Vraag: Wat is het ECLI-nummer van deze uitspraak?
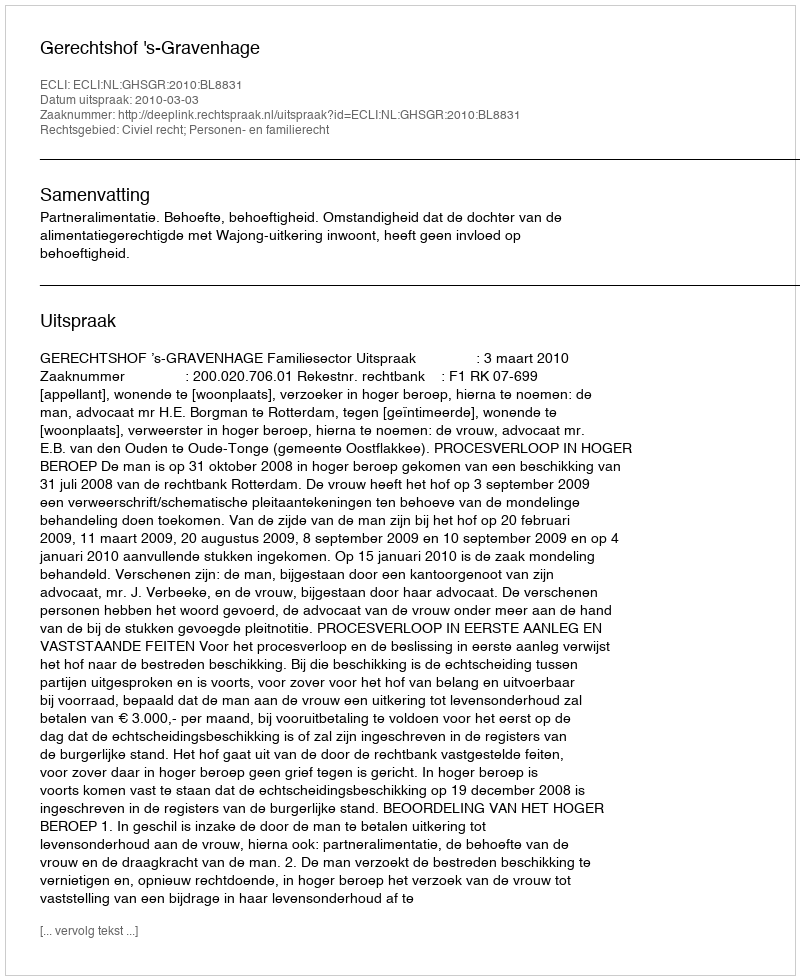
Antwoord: ECLI:NL:GHSGR:2010:BL8831